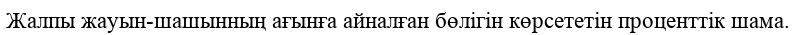
Жалпы жауын-шашынның ағынға айналған бөлігін көрсететін проценттік шама.